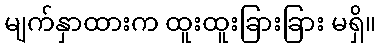
မျက်နှာထားက ထူးထူးခြားခြား မရှိ။